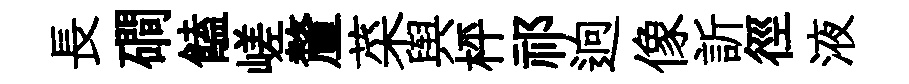
長磵饁嵯釐菜舆枰祁逈像訢徑液